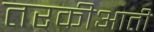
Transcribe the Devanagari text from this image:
तरकीआती